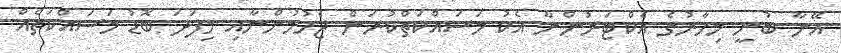
އޭނާ ބުނީ މިހާރުގެ އެކްޓަރުންނާ އެކު މަސައްކަތްކުރަން ޖެހުމުންނާއި މިފަދަ ބޮޑު މަސައްކަތެއް